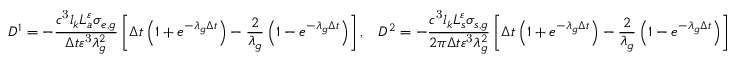
D ^ { 1 } = - \frac { c ^ { \mathrm { 3 } } l _ { k } L _ { a } ^ { \varepsilon } \sigma _ { e , g } } { \Delta t \varepsilon ^ { \mathrm { 3 } } \lambda _ { g } ^ { 2 } } \left[ \Delta t \left( 1 + e ^ { - \lambda _ { g } \Delta t } \right) - \frac { 2 } { \lambda _ { g } } \left( 1 - e ^ { - \lambda _ { g } \Delta t } \right) \right] , \mathrm { \; \; \; } D ^ { 2 } = - \frac { c ^ { \mathrm { 3 } } l _ { k } L _ { s } ^ { \varepsilon } \sigma _ { s , g } } { 2 \pi \Delta t \varepsilon ^ { \mathrm { 3 } } \lambda _ { g } ^ { 2 } } \left[ \Delta t \left( 1 + e ^ { - \lambda _ { g } \Delta t } \right) - \frac { 2 } { \lambda _ { g } } \left( 1 - e ^ { - \lambda _ { g } \Delta t } \right) \right]